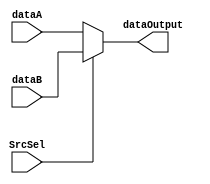
`timescale 1ns / 1ps
//////////////////////////////////////////////////////////////////////////////////
// Company: 
// Engineer: 
// 
// Design Name: 
// Module Name: 4bits
// Project Name: 
// Target Devices: 
// Tool Versions: 
// Description: 
// 
// Dependencies: 
// 
// Revision:
// Revision 0.01 - File Created
// Additional Comments:
// 
//////////////////////////////////////////////////////////////////////////////////


module Data_Sel2_32bits(dataA, dataB, SrcSel, dataOutput);
    input [31:0] dataA, dataB;
    input SrcSel;
    output [31:0] dataOutput;
    assign dataOutput = (SrcSel == 0 ? dataA : dataB);
endmodule